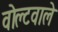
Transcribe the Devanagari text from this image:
वोल्टवाले